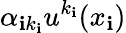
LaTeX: \alpha_{\mathbf{i}k_{\mathbf{i}}}u^{k_{\mathbf{i}}}(x_{\mathbf{i}})